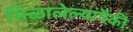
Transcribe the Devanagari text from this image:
मिळालेल्यांपैकी